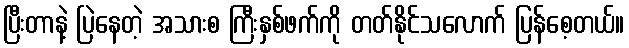
ပြီးတာနဲ့ ပြဲနေတဲ့ အသားစ ကြီးနှစ်ဖက်ကို တတ်နိုင်သလောက် ပြန်စေ့တယ်။